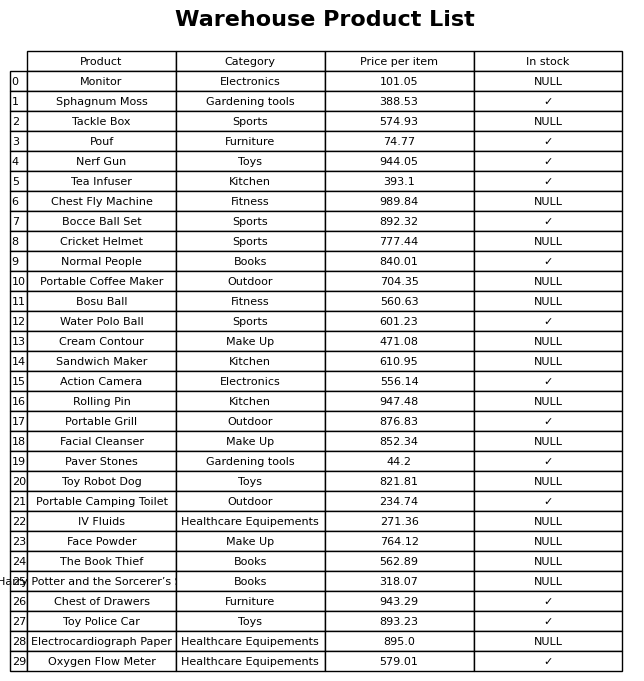
question: Which products are currently out of stock?
answer: Monitor, Tackle Box, Chest Fly Machine, Cricket Helmet, Portable Coffee Maker, Bosu Ball, Cream Contour, Sandwich Maker, Rolling Pin, Facial Cleanser, Toy Robot Dog, IV Fluids, Face Powder, The Book Thief, Harry Potter and the Sorcerer’s Stone, Electrocardiograph Paper